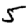
Digit: 5